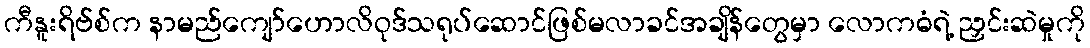
ကီနူးရိဗ်စ်က နာမည်ကျော်ဟောလိဝုဒ်သရုပ်ဆောင်ဖြစ်မလာခင်အချိန်တွေမှာ လောကဓံရဲ့ ညှင်းဆဲမှုကို